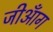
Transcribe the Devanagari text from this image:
जीआँग